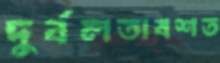
দুর্বলতাবশত